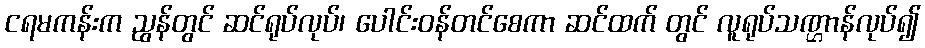
ငရမကန်းက ညွန်တွင် ဆင်ရုပ်လုပ်၊ ပေါင်းဝန်တင်စေကာ ဆင်ထက် တွင် လူရုပ်သဏ္ဌာန်လုပ်၍